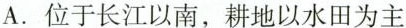
A.位于长江以南，耕地以水田为主